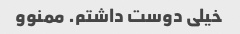
خیلی دوست داشتم. ممنوو